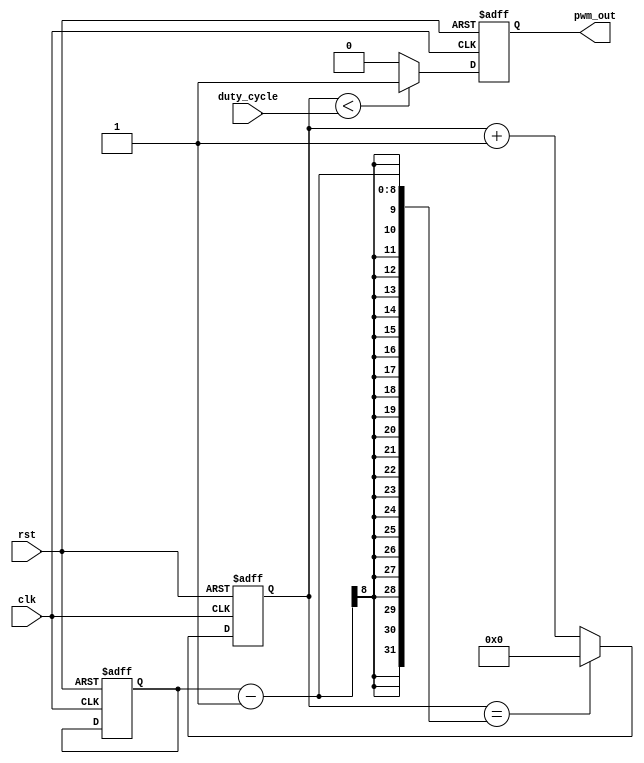
module pwm_generator (
    input clk,
    input rst,
    input [7:0] duty_cycle,
    output reg pwm_out
);

reg [7:0] counter;
reg [7:0] period;

always @ (posedge clk or posedge rst) begin
    if (rst) begin
        counter <= 8'b0;
        period <= 8'b100;
        pwm_out <= 1'b0;
    end else begin
        if (counter < duty_cycle) begin
            pwm_out <= 1'b1;
        end else begin
            pwm_out <= 1'b0;
        end
        
        if (counter == period-1) begin
            counter <= 8'b0;
        end else begin
            counter <= counter + 1;
        end
    end
end

endmodule